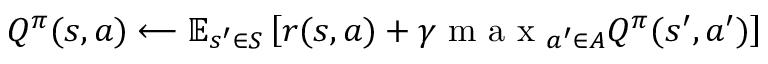
Q ^ { \pi } ( s , a ) \longleftarrow \mathbb { E } _ { s ^ { \prime } \in S } \left[ r ( s , a ) + \gamma \mathrm { ~ m ~ a ~ x ~ } _ { a ^ { \prime } \in A } Q ^ { \pi } ( s ^ { \prime } , a ^ { \prime } ) \right]